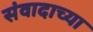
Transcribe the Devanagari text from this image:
संवादाच्या